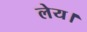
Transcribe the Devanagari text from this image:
लेय।